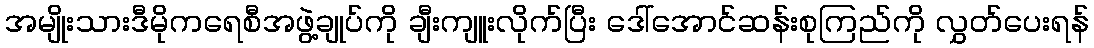
အမျိုးသားဒီမိုကရေစီအဖွဲ့ချုပ်ကို ချီးကျူးလိုက်ပြီး ဒေါ်အောင်ဆန်းစုကြည်ကို လွှတ်ပေးရန်